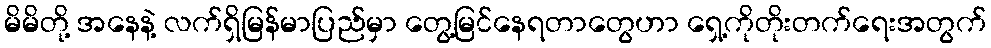
မိမိတို့ အနေနဲ့ လက်ရှိမြန်မာပြည်မှာ တွေ့မြင်နေရတာတွေဟာ ရှေ့ကိုတိုးတက်ရေးအတွက်